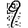
Digit: 9